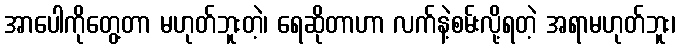
အာပေါကိုတွေ့တာ မဟုတ်ဘူးတဲ့၊ ရေဆိုတာဟာ လက်နဲ့စမ်းလို့ရတဲ့ အရာမဟုတ်ဘူး၊